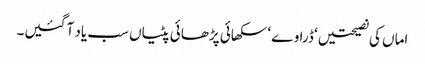
اماں کی نصیحتیں ‘ ڈراوے ‘ سکھائی پڑھائی پٹیاں سب یاد آ گئیں۔